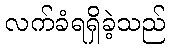
လက်ခံရရှိခဲ့သည်